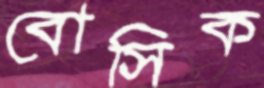
বোসিক